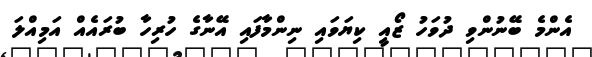
އެންމެ ބޭނުންވި ދުވަހު ޒޯއީ ކިޔަވައި ނިންމާފައި އޭނާގެ ހުރިހާ ބުރައެއް އަމިއްލަ